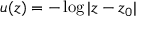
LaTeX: u ( z ) = - \log | z - z _ { 0 } |